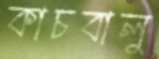
কাচবালু